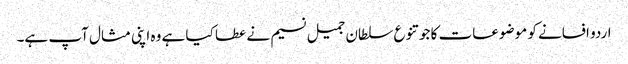
اردو افسانے کو موضوعات کا جو تنوع سلطان جمیل نسیم نے عطا کیا ہے وہ اپنی مثال آپ ہے۔